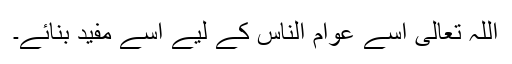
اللہ تعالیٰ اسے عوام الناس کے لیے اسے مفید بنائے۔